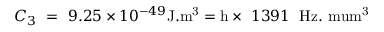
C _ { 3 } ~ = ~ 9 . 2 5 \times 1 0 ^ { - 4 9 } \mathrm { J . m ^ { 3 } } = \mathrm { h } \times ~ 1 3 9 1 ~ \; \mathrm { H z . \ m u m ^ { 3 } }